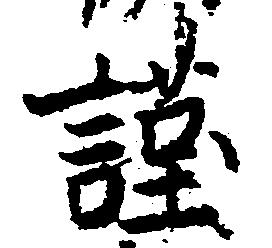
謹